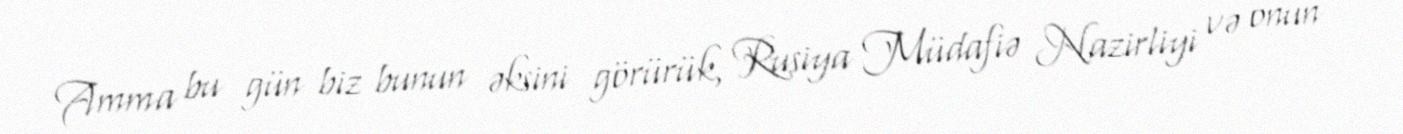
Amma bu gün biz bunun əksini görürük, Rusiya Müdafiə Nazirliyi və onun